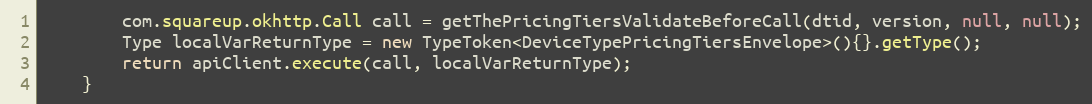
Language: Java
        com.squareup.okhttp.Call call = getThePricingTiersValidateBeforeCall(dtid, version, null, null);
        Type localVarReturnType = new TypeToken<DeviceTypePricingTiersEnvelope>(){}.getType();
        return apiClient.execute(call, localVarReturnType);
    }